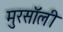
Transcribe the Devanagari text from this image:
मुरसॉली